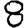
Digit: 8